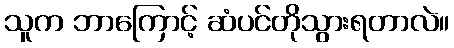
သူက ဘာကြောင့် ဆံပင်တိုသွားရတာလဲ။